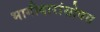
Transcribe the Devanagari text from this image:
भागीदारांसोबत